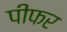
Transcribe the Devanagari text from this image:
पीफर